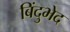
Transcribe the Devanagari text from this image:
बिंदुभेद